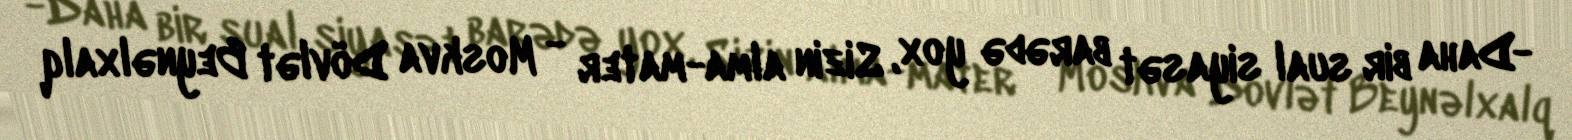
-Daha bir sual siyasət barədə yox, Sizin alma-mater - Moskva Dövlət Beynəlxalq